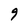
Character: 9